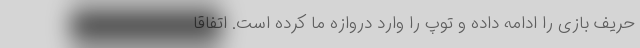
حریف بازی را ادامه داده و توپ را وارد دروازه ما کرده است. اتفاقا